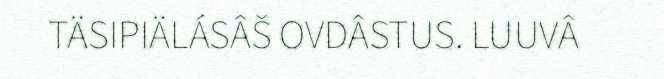
TÄSIPIÄLÁSÂŠ OVDÂSTUS. LUUVÂ